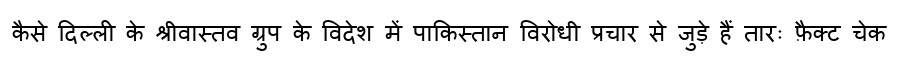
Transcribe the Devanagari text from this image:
कैसे दिल्ली के श्रीवास्तव ग्रुप के विदेश में पाकिस्तान विरोधी प्रचार से जुड़े हैं तारः फ़ैक्ट चेक